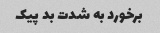
برخورد به شدت بد پیک